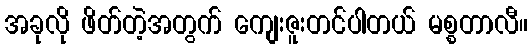
အခုလို ဖိတ်တဲ့အတွက် ကျေးဇူးတင်ပါတယ် မစ္စတာလီ။